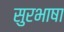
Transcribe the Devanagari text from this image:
सुरभाषा